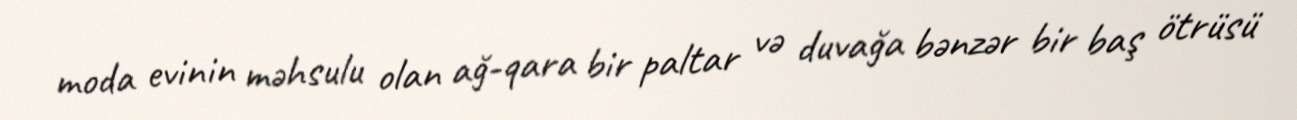
moda evinin məhsulu olan ağ-qara bir paltar və duvağa bənzər bir baş ötrüsü